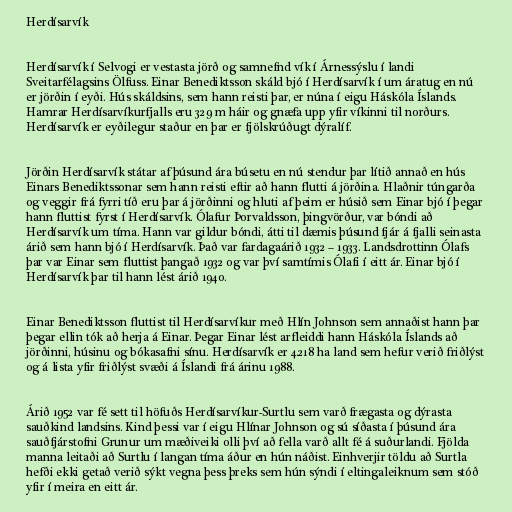
Herdísarvík

Herdísarvík í Selvogi er vestasta jörð og samnefnd vík í Árnessýslu í landi
Sveitarfélagsins Ölfuss. Einar Benediktsson skáld bjó í Herdísarvík í um áratug en nú
er jörðin í eyði. Hús skáldsins, sem hann reisti þar, er núna í eigu Háskóla Íslands.
Hamrar Herdísarvíkurfjalls eru 329 m háir og gnæfa upp yfir víkinni til norðurs.
Herdísarvík er eyðilegur staður en þar er fjölskrúðugt dýralíf.

Jörðin Herdísarvík státar af þúsund ára búsetu en nú stendur þar lítið annað en hús
Einars Benediktssonar sem hann reisti eftir að hann flutti á jörðina. Hlaðnir túngarða
og veggir frá fyrri tíð eru þar á jörðinni og hluti af þeim er húsið sem Einar bjó í þegar
hann fluttist fyrst í Herdísarvík. Ólafur Þorvaldsson, þingvörður, var bóndi að
Herdísarvík um tíma. Hann var gildur bóndi, átti til dæmis þúsund fjár á fjalli seinasta
árið sem hann bjó í Herdísarvík. Það var fardagaárið 1932 – 1933. Landsdrottinn Ólafs
þar var Einar sem fluttist þangað 1932 og var því samtímis Ólafi í eitt ár. Einar bjó í
Herdísarvík þar til hann lést árið 1940.

Einar Benediktsson fluttist til Herdísarvíkur með Hlín Johnson sem annaðist hann þar
þegar ellin tók að herja á Einar. Þegar Einar lést arfleiddi hann Háskóla Íslands að
jörðinni, húsinu og bókasafni sínu. Herdísarvík er 4.218 ha land sem hefur verið friðlýst
og á lista yfir friðlýst svæði á Íslandi frá árinu 1988.

Árið 1952 var fé sett til höfuðs Herdísarvíkur-Surtlu sem varð frægasta og dýrasta
sauðkind landsins. Kind þessi var í eigu Hlínar Johnson og sú síðasta í þúsund ára
sauðfjárstofni Grunur um mæðiveiki olli því að fella varð allt fé á suðurlandi. Fjölda
manna leitaði að Surtlu í langan tíma áður en hún náðist. Einhverjir töldu að Surtla
hefði ekki getað verið sýkt vegna þess þreks sem hún sýndi í eltingaleiknum sem stóð
yfir í meira en eitt ár.